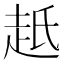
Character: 赿